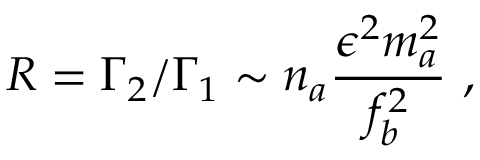
R = \Gamma _ { 2 } / \Gamma _ { 1 } \sim n _ { a } { \frac { \epsilon ^ { 2 } m _ { a } ^ { 2 } } { f _ { b } ^ { 2 } } } ~ ,